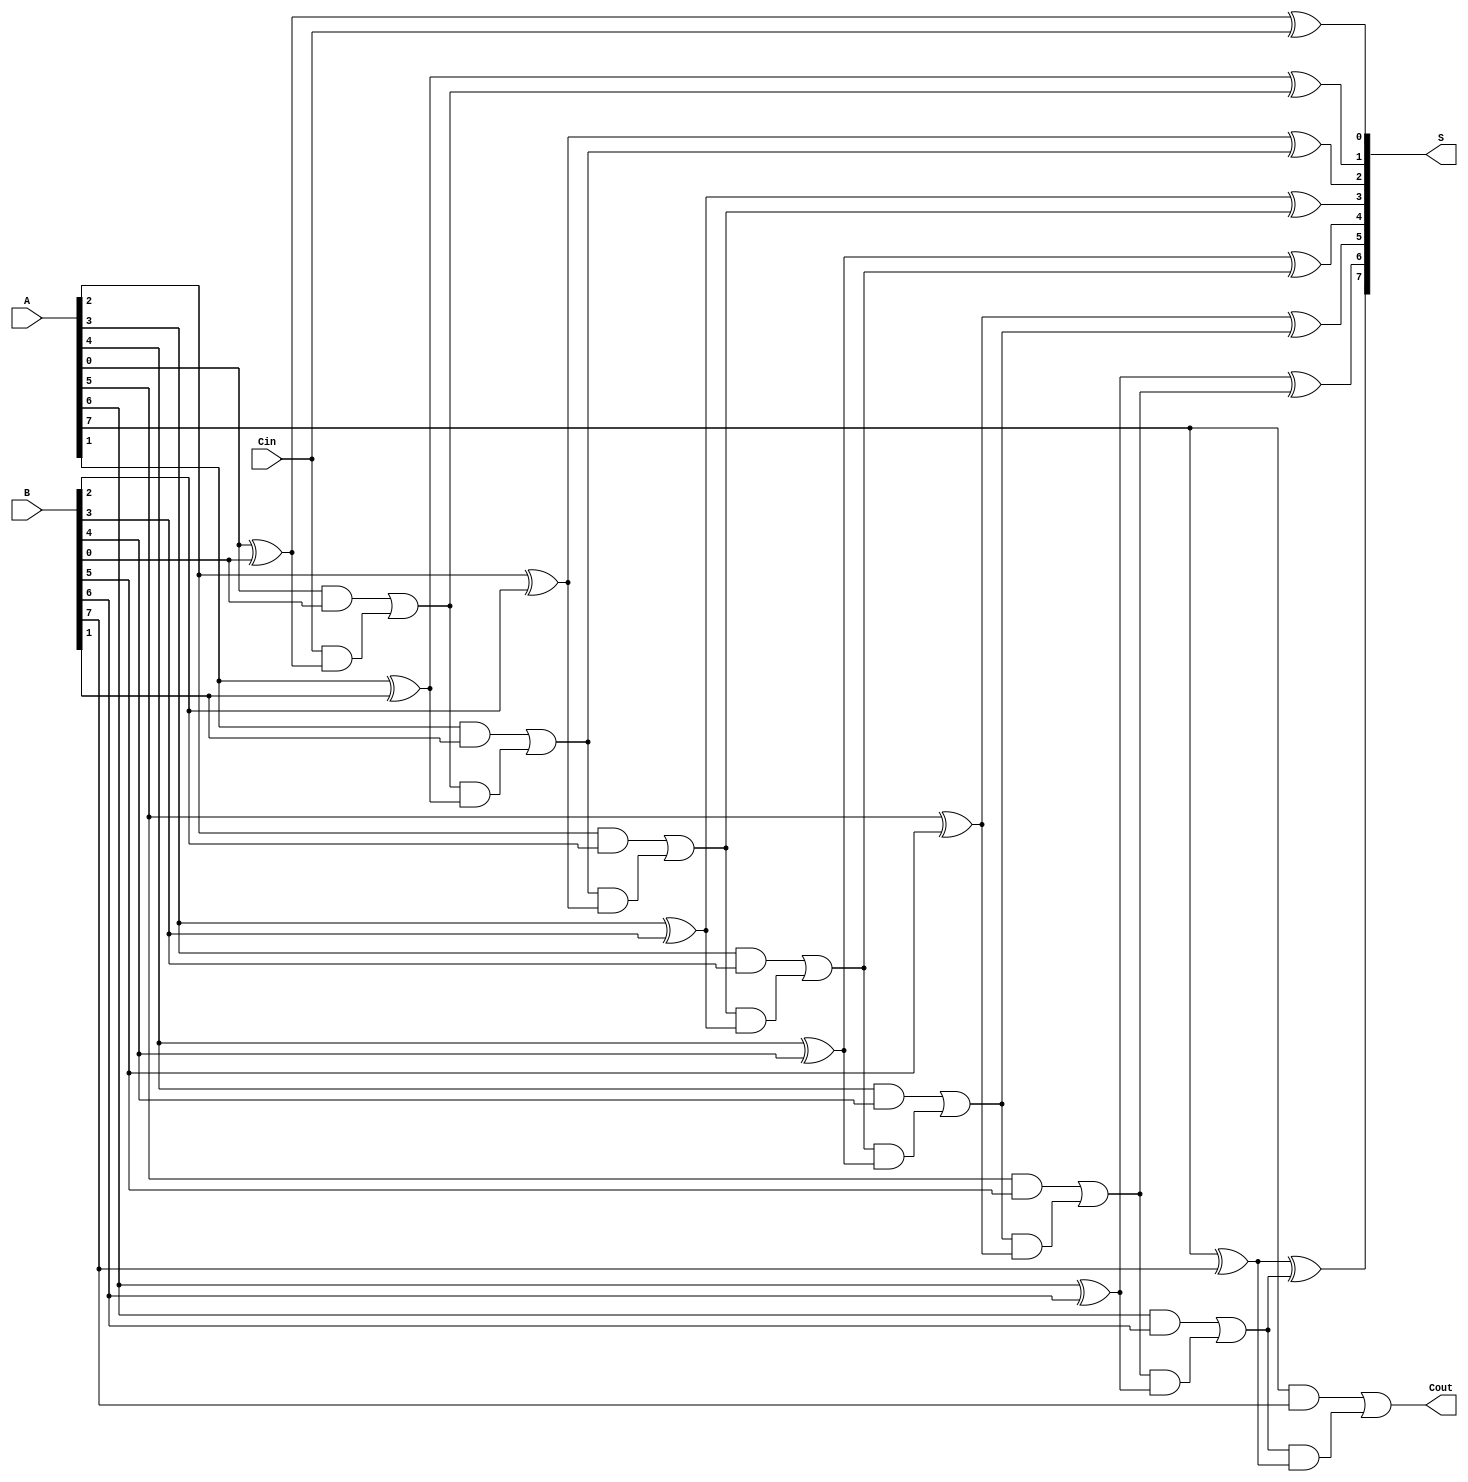
module ManchesterCarryChainAdder #(parameter N = 8) (
    input  [N-1:0] A,      // First input binary number
    input  [N-1:0] B,      // Second input binary number
    input          Cin,     // Carry-in signal
    output [N-1:0] S,      // Sum output
    output         Cout     // Carry-out signal
);

    wire [N:0] C;          // Carry wire, C[0] is Cin
    assign C[0] = Cin;     // Initial carry input

    genvar i;
    generate
        for (i = 0; i < N; i = i + 1) begin : adder
            // Sum calculation
            assign S[i] = A[i] ^ B[i] ^ C[i];

            // Carry calculation using Manchester Carry Chain logic
            assign C[i + 1] = (A[i] & B[i]) | (C[i] & (A[i] ^ B[i]));
        end
    endgenerate

    assign Cout = C[N]; // Final carry out

endmodule